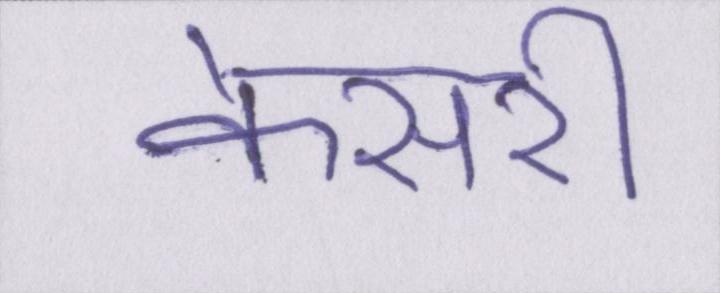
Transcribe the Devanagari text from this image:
केसरी